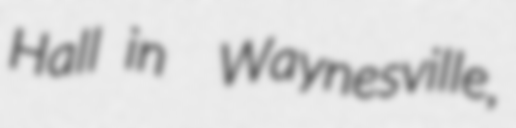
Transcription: Hall in  Waynesville,